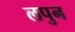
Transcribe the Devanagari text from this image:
लपुन